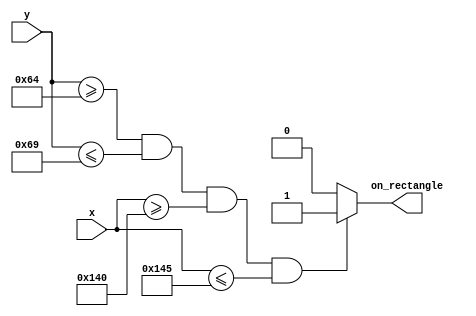
module rectangle_display #(
        parameter x1 = 320,  // x coordinate of top left corner
        parameter x2 = 325,  // x coordinate of bottom right corner
        parameter y1 = 100,  // y coordinate of top left corner
        parameter y2 = 105,  // y coordinate of bottom right corner
        parameter display_width = 640,    // Width of the display
        parameter display_height = 480    // Height of the display
    )
    (
        input wire [9:0] x, // x coordinate of pixel being drawn
        input wire [9:0] y, // y coordinate of pixel being drawn
        output reg on_rectangle
    );

    always @(*)
        if ((y >= y1) && (y <= y2) && (x >= x1) && (x <= x2))
            on_rectangle = 1;
        else    on_rectangle = 0;

endmodule